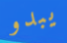
يبدو